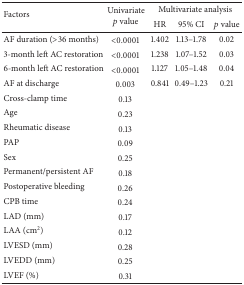
<table><thead><tr><td rowspan="2"><b>Factors</b></td><td rowspan="2"><b>Univariate<i>p</i> value</b></td><td colspan="3"><b>Multivariate analysis</b></td></tr><tr><td><b>HR</b></td><td><b>95% CI</b></td><td><b><i>p</i> value</b></td></tr></thead><tbody><tr><td>AF duration (&gt;36 months)</td><td>&lt;0.0001</td><td>1.402</td><td>1.13–1.78</td><td>0.02</td></tr><tr><td>3-month left AC restoration</td><td>&lt;0.0001</td><td>1.238</td><td>1.07–1.52</td><td>0.03</td></tr><tr><td>6-month left AC restoration</td><td>&lt;0.0001</td><td>1.127</td><td>1.05–1.48</td><td>0.04</td></tr><tr><td>AF at discharge</td><td>0.003</td><td>0.841</td><td>0.49–1.23</td><td>0.21</td></tr><tr><td>Cross-clamp time</td><td>0.13</td><td> </td><td> </td><td> </td></tr><tr><td>Age</td><td>0.23</td><td> </td><td> </td><td> </td></tr><tr><td>Rheumatic disease</td><td>0.13</td><td> </td><td> </td><td> </td></tr><tr><td>PAP</td><td>0.09</td><td> </td><td> </td><td> </td></tr><tr><td>Sex</td><td>0.25</td><td> </td><td> </td><td> </td></tr><tr><td>Permanent/persistent AF</td><td>0.18</td><td> </td><td> </td><td> </td></tr><tr><td>Postoperative bleeding</td><td>0.26</td><td> </td><td> </td><td> </td></tr><tr><td>CPB time</td><td>0.24</td><td> </td><td> </td><td> </td></tr><tr><td>LAD (mm)</td><td>0.17</td><td> </td><td> </td><td> </td></tr><tr><td>LAA (cm<sup>2</sup>)</td><td>0.12</td><td> </td><td> </td><td> </td></tr><tr><td>LVESD (mm)</td><td>0.28</td><td> </td><td> </td><td> </td></tr><tr><td>LVEDD (mm)</td><td>0.25</td><td> </td><td> </td><td> </td></tr><tr><td>LVEF (%)</td><td>0.31</td><td> </td><td> </td><td> </td></tr></tbody></table>